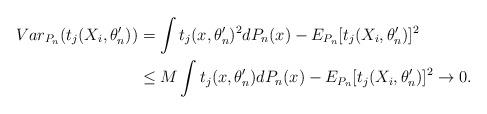
LaTeX: \begin{align*}Var_{P_n}(t_j(X_i,\theta^\prime_n))&=\int t_j(x,\theta^\prime_n)^2dP_n(x)-E_{P_n}[t_j(X_i,\theta^\prime_n)]^2 \\&\le M\int t_j(x,\theta^\prime_n)dP_n(x) -E_{P_n}[t_j(X_i,\theta^\prime_n)]^2\to 0.\end{align*}